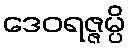
ဒေဝရဇ္ဇမ္ပိ